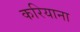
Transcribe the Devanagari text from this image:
करियाना